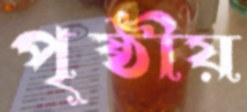
পৃষ্ঠীয়